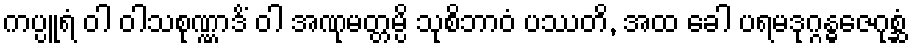
ကပ္ပူရံ ဝါ ဝါသစုဏ္ဏာဒိံ ဝါ အဏုမတ္တမ္ပိ သုစိဘာဝံ ပဿတိ, အထ ခေါ ပရမဒုဂ္ဂန္ဓဇေဂုစ္ဆံ